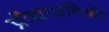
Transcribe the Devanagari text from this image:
प्रौद्याप्रगिकी